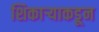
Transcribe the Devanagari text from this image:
शिकाऱ्याकडून